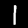
Label: 1